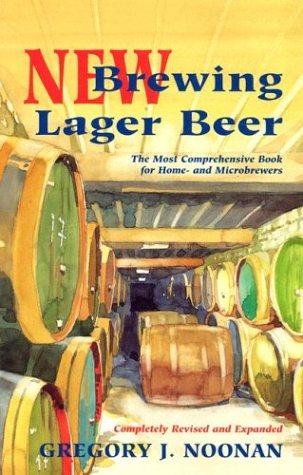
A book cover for New Brewing Lager Beer: The Most Comprehensive Book for Home and Microbrewers; Gregory J. Noonan; Cookbooks, Food & Wine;